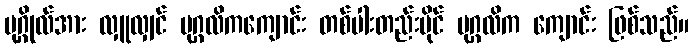
ပုဂ္ဂိုလ်အား လှူလျှင် ပုဂ္ဂလိကကျောင်း တစ်ပါးတည်းပိုင် ပုဂ္ဂလိက ကျောင်း ဖြစ်သည်။